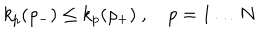
k _ { p } ( \rho _ { - } ) \leq k _ { p } ( \rho _ { + } ) \ , \quad p = 1 \dots N